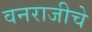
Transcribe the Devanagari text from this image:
वनराजीचे